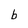
Character: b